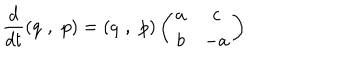
\frac { d } { d t } ( q \, \, , \, \, p ) = ( q \, \, , \, \, p ) \left( \begin{array} { c c } { { a } } & { { c } } \\ { { b } } & { { - a } } \\ \end{array} \right)